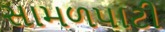
સામળપાટી